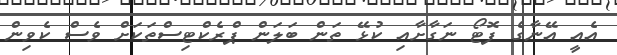
އެއީ އޭނާގެ ފޮޓޯ ނަގާށާއި ކުޅޭ ތަން ބަލަން ޕްރެކްޓިސްތަކަށް ވެސް ކެވިން